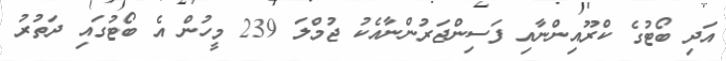
އަދި ބޯޓުގެ ކްރޫއިންނާއި ފަސިންޖަރުންނާއެކު ޖުމްލަ 239 މީހުން އެ ބޯޓުގައި ދަތުރު